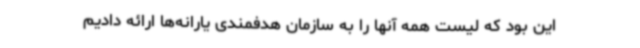
این بود که لیست همه آنها را به سازمان هدفمندی یارانه‌ها ارائه دادیم